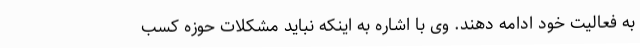
به فعالیت خود ادامه دهند. وی با اشاره به اینکه نباید مشکلات حوزه کسب